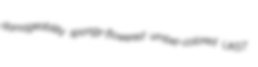
damageability spongy-flowered umber-colored UKST